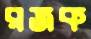
রজক